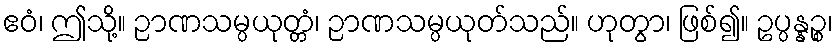
ဧဝံ၊ ဤသို့။ ဉာဏသမ္ပယုတ္တံ၊ ဉာဏသမ္ပယုတ်သည်။ ဟုတွာ၊ ဖြစ်၍။ ဥပ္ပန္နဉ္စ၊